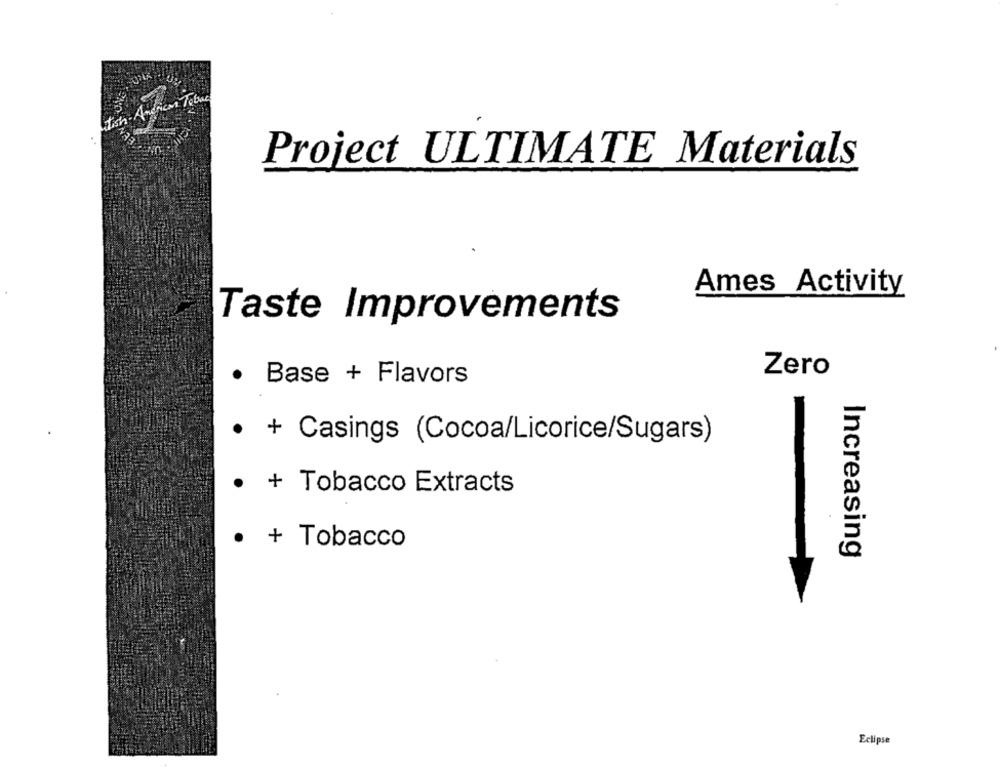
Project ULTIMATE Materials
Ames Activity
Taste Improvements
Zero
.
Base + Flavors
+ Casings (Cocoa/Licorice/Sugars)
+ Tobacco Extracts
- Tobacco
Increasing
Eclipse